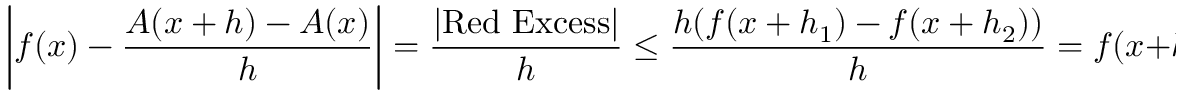
\left| f ( x ) - { \frac { A ( x + h ) - A ( x ) } { h } } \right| = { \frac { | { \mathrm { R e d ~ E x c e s s } } | } { h } } \leq { \frac { h ( f ( x + h _ { 1 } ) - f ( x + h _ { 2 } ) ) } { h } } = f ( x + h _ { 1 } ) - f ( x + h _ { 2 } ) ,